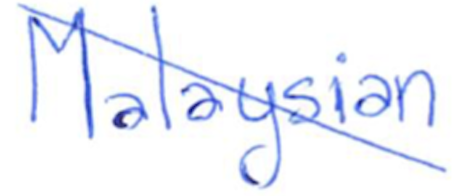
Text: Malaysian
Cross-out: diagonal
Writing tool: ballpoint